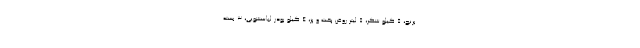
برنج، 5 کیلو شکر، 5 لیتر روغن پخت و پز، 4 کیلو پودر لباسشویی، 3 بسته